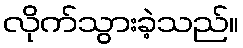
လိုက်သွားခဲ့သည်။